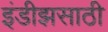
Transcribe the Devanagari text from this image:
इंडीझसाठी